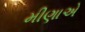
મીણાએ